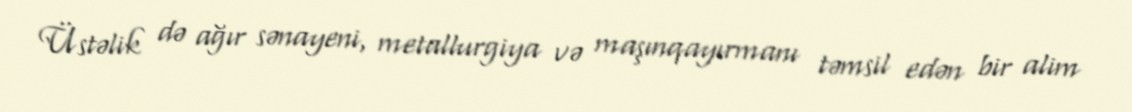
Üstəlik də ağır sənayeni, metallurgiya və maşınqayırmanı təmsil edən bir alim